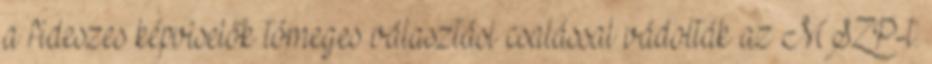
a fideszes képviselők tömeges választási csalással vádolták az MSZP-t.